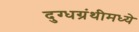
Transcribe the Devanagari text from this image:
दुग्धग्रंथीमध्ये